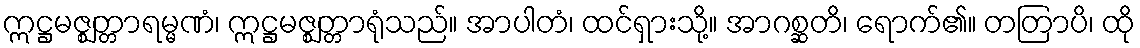
ဣဋ္ဌမဇ္ဈတ္တာရမ္မဏံ၊ ဣဋ္ဌမဇ္ဈတ္တာရုံသည်။ အာပါတံ၊ ထင်ရှားသို့။ အာဂစ္ဆတိ၊ ရောက်၏။ တတြာပိ၊ ထို